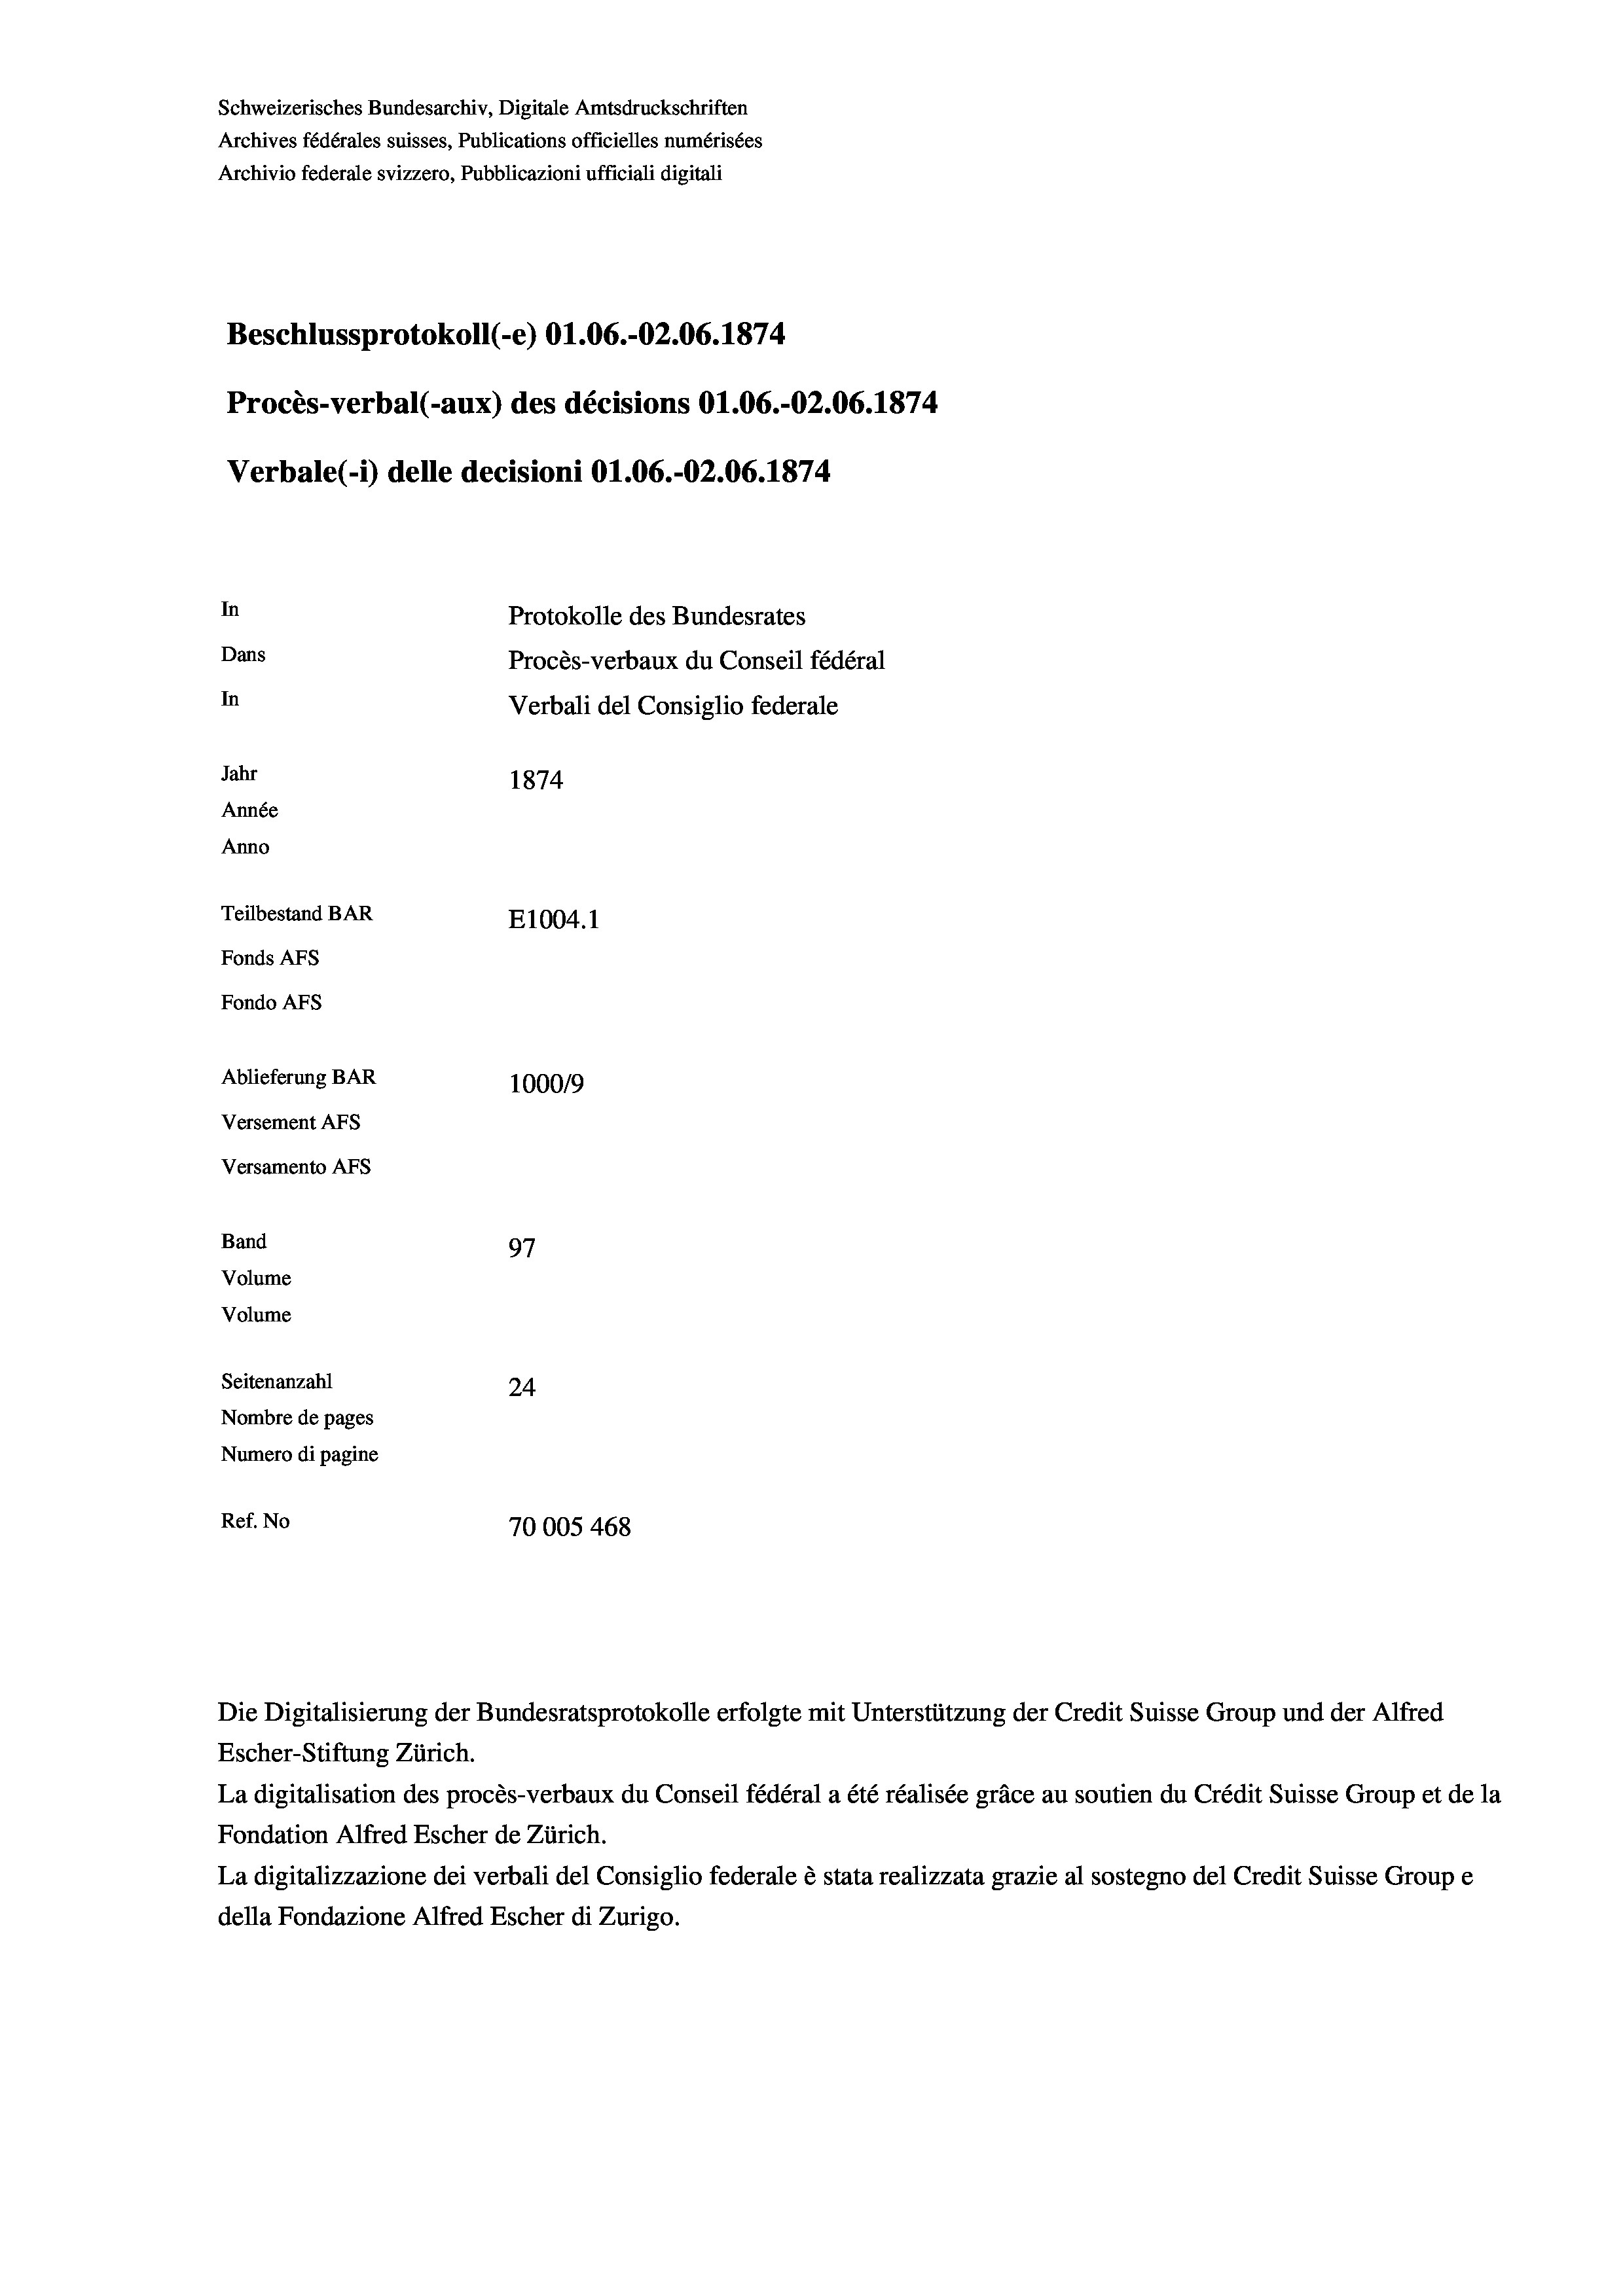
Schweizerisches Bundesarchiv, Digitale Amtsdruckschriften
Archives fédérales suisses, Publications officielles numérisées
Archivio federale svizzero, Pubblicazioni ufficiali digitali
Beschlussprotokoll (-e) O1.06.-O2.06. 1874
Procès-verbal (-aux) des décisions O1.06.-O2.06. 1874
Verbale (i) delle decisioni O1.06.-OZ.06. 1874.
In
Protokolle des Bundesrates
Dans
Procès-verbaux du Conseil fédéral
In
Verbali del Consiglio federale
Jahr
1874
Année
Anno
Teilbestand BAR
E1004.1
Fonds AFs
Fondo AFs
Ablieferung BAR
100019
Versement AFs
Versamento Afs
Band
97
Volume
Volume

Seitenanzahl
24
Nombre de pages
Numero di pagine
Ref. No
70005 468

Escher-Stiftung Zürich.
La digitalisation des procès-verbaux du Conseil fédéral a été réalisée gräce au soutien du Crédit Suisse Group et de la
Fondation Alfred Escher de Zürich.
La digitalizzazione dei verbali del Consiglio federale è stata realizzata grazie al sostegno del Credit Suisse Groupe
della Fondazione Alfred Escher di Zurigo.

Die Digitalisierung der Bundesratsprotokolle erfolgte mit Unterstützung der Credit Suisse Group und der Alfred